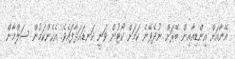
އޭނާއަށް އިންޑިއާއިން ބޭރަށް ނުދެވޭނެ ކަމަށް ކޯޓުން ވަނީ ކަނޑައަޅާފައެވެ. އެހެންކަމުން ސަލްމާން